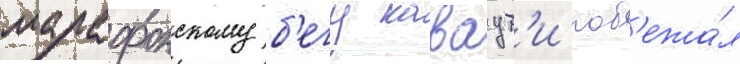
марафонскому б'егу каваут'и поб'ежа́л